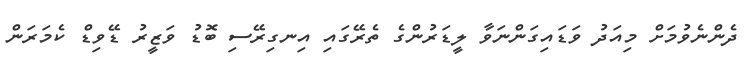
ދެންނެވުމަށް މިއަދު ވަޑައިގަންނަވާ ލީޑަރުންގެ ތެރޭގައި އިނގިރޭސި ބޮޑު ވަޒީރު ޑޭވިޑް ކެމަރަން